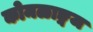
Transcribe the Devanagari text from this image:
कोमळाङ्गज